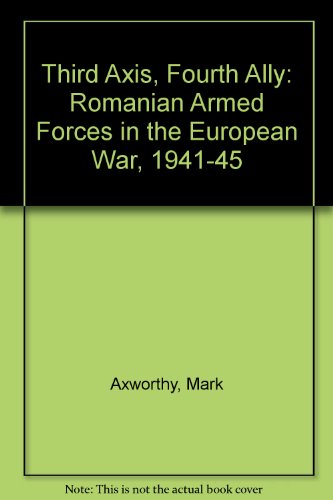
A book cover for Third Axis Fourth Ally: Romanian Armed Forces in the European War, 1941-1945; Mark Axworthy; History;